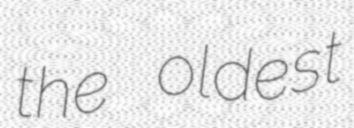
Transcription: the oldest